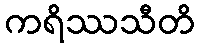
ကရိဿသီတိ